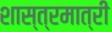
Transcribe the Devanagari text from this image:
शास्त्रमात्री